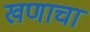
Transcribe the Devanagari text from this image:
खणाचा